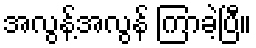
အလွန့်အလွန် ကြာခဲ့ပြီ။